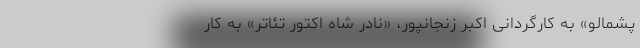
پشمالو» به کارگردانی اکبر زنجانپور، «نادر شاه اکتور تئاتر» به کار